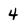
Character: 4